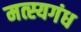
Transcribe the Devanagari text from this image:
मत्स्यगंध